Problem: 6 × 3 = ?
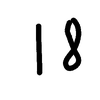
Handwritten answer: 18